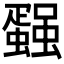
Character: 𰳢